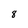
Character: 8